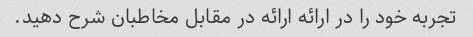
تجربه خود را در ارائه ارائه در مقابل مخاطبان شرح دهید.